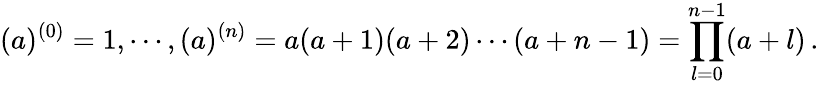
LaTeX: (a)^{(0)}=1,\cdots,(a)^{(n)}=a(a+1)(a+2)\cdots(a+n-1)=\prod_{l=0}^{n-1}(a+l)\, .